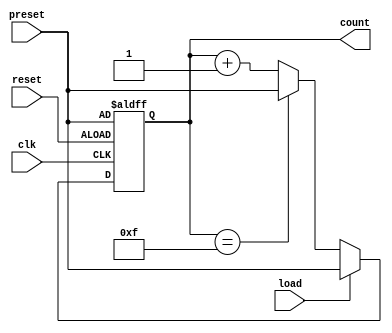
module presettable_counter #(
    parameter N = 4 // Parameter for bit-width of the counter
)(
    input wire clk,          // Clock input
    input wire reset,        // Asynchronous reset
    input wire [N-1:0] preset, // Preset value input
    input wire load,         // Load signal
    output reg [N-1:0] count // Current count output
);

// Internal register to hold the maximum count value
localparam MAX_COUNT = (1 << N) - 1;

// Always block for synchronous operations
always @(posedge clk or posedge reset) begin
    if (reset) begin
        // Reset the counter to the preset value
        count <= preset;
    end else if (load) begin
        // Load the preset value into the counter
        count <= preset;
    end else begin
        // Increment the counter
        if (count == MAX_COUNT) begin
            count <= preset; // Roll over to preset value
        end else begin
            count <= count + 1; // Increment the counter
        end
    end
end

endmodule